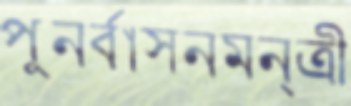
পুনর্বাসনমন্ত্রী